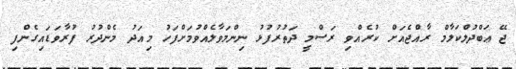
ޖޭ ޢަބްދުލްކަލާމް ރާއްޖެއަށް ކުރެއްވި ރަސްމީ ދަތުރުފުޅު ނިންމަވާލެއްވުމަށްފަހު މިއަދު މެންދުރު ފުރާވަޑައިގެންފި